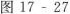
图17-27